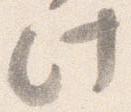
此